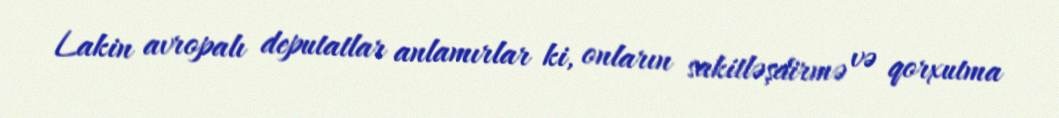
Lakin avropalı deputatlar anlamırlar ki, onların sakitləşdirmə və qorxutma